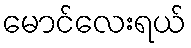
မောင်လေးရယ်